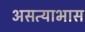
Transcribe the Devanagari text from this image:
असत्याभास